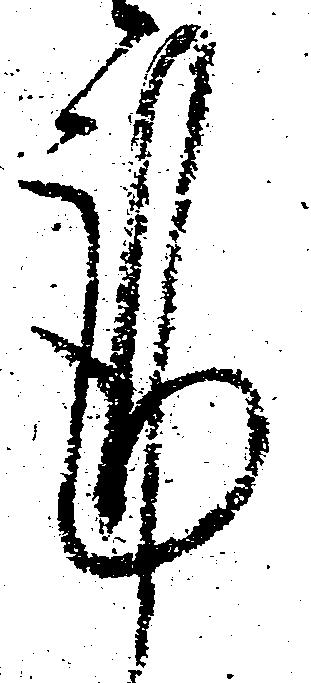
謹